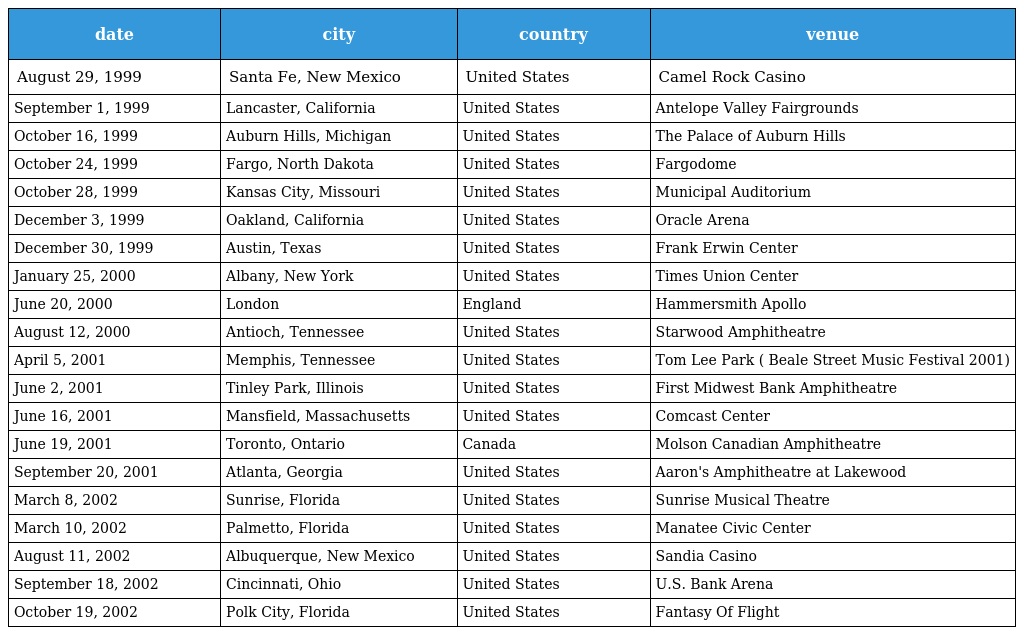
| date | city | country | venue |
 | --- | --- | --- | --- |
 | August 29, 1999 | Santa Fe, New Mexico | United States | Camel Rock Casino |
 | September 1, 1999 | Lancaster, California | United States | Antelope Valley Fairgrounds |
 | October 16, 1999 | Auburn Hills, Michigan | United States | The Palace of Auburn Hills |
 | October 24, 1999 | Fargo, North Dakota | United States | Fargodome |
 | October 28, 1999 | Kansas City, Missouri | United States | Municipal Auditorium |
 | December 3, 1999 | Oakland, California | United States | Oracle Arena |
 | December 30, 1999 | Austin, Texas | United States | Frank Erwin Center |
 | January 25, 2000 | Albany, New York | United States | Times Union Center |
 | June 20, 2000 | London | England | Hammersmith Apollo |
 | August 12, 2000 | Antioch, Tennessee | United States | Starwood Amphitheatre |
 | April 5, 2001 | Memphis, Tennessee | United States | Tom Lee Park ( Beale Street Music Festival 2001) |
 | June 2, 2001 | Tinley Park, Illinois | United States | First Midwest Bank Amphitheatre |
 | June 16, 2001 | Mansfield, Massachusetts | United States | Comcast Center |
 | June 19, 2001 | Toronto, Ontario | Canada | Molson Canadian Amphitheatre |
 | September 20, 2001 | Atlanta, Georgia | United States | Aaron's Amphitheatre at Lakewood |
 | March 8, 2002 | Sunrise, Florida | United States | Sunrise Musical Theatre |
 | March 10, 2002 | Palmetto, Florida | United States | Manatee Civic Center |
 | August 11, 2002 | Albuquerque, New Mexico | United States | Sandia Casino |
 | September 18, 2002 | Cincinnati, Ohio | United States | U.S. Bank Arena |
 | October 19, 2002 | Polk City, Florida | United States | Fantasy Of Flight |